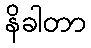
နိခါတာ